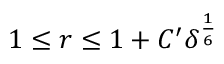
1 \leq r \leq 1 + C ^ { \prime } \delta ^ { \frac { 1 } { 6 } }